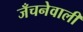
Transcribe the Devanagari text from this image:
जँचनेवाली